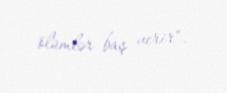
ölümlər baş verir".